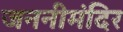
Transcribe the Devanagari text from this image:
जननीमंदिर